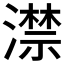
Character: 澿